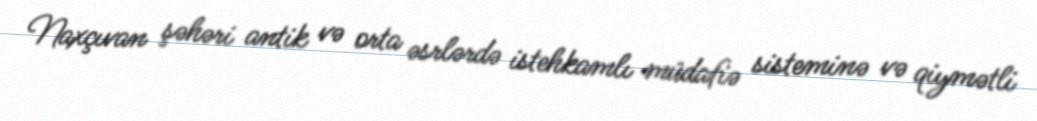
Naxçıvan şəhəri antik və orta əsrlərdə istehkamlı müdafiə sisteminə və qiymətli